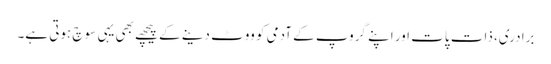
برادری، ذات پات اور اپنے گروپ کے آدمی کو ووٹ دینے کے پیچھے بھی یہی سوچ ہوتی ہے۔